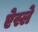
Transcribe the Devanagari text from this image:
ऐस्ले